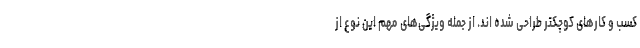
کسب و کارهای کوچکتر طراحی شده اند. از جمله ویژگی‌های مهم این نوع از